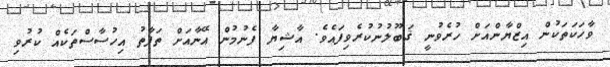
ވާހަކަތަކުން އިޒްޔާންއަށް ހުރެވުނީ ޤަބޫލުނުކުރެވިފައެވެ. އާޝިޔާ ފެނުމުން އޭނާއަށް ތަފާތު އިހުސާސްތަކެއް ކުރުވި